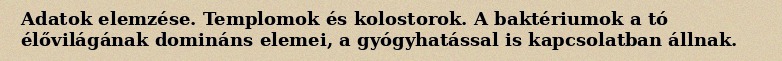
Adatok elemzése. Templomok és kolostorok. A baktériumok a tó élővilágának domináns elemei, a gyógyhatással is kapcsolatban állnak.